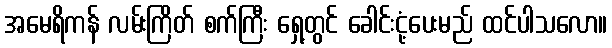
အမေရိကန် လမ်းကြိတ် စက်ကြီး ရှေ့တွင် ခေါင်းငုံ့ပေးမည် ထင်ပါသလော။